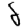
Digit: 8